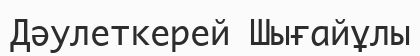
Дəулеткерей Шығайұлы